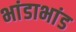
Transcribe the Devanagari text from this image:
भांडाभांड